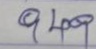
949